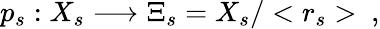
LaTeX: p_{s}:X_{s}\longrightarrow\Xi_{s}=X_{s}/<r_{s}>\ ,